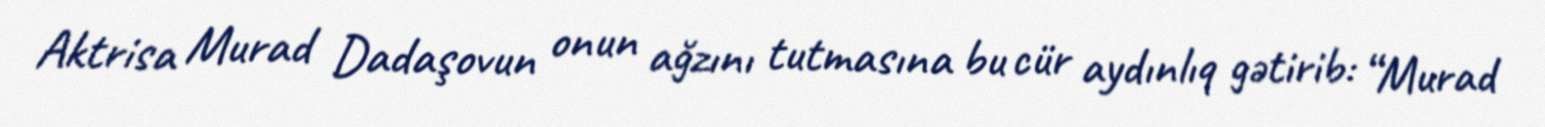
Aktrisa Murad Dadaşovun onun ağzını tutmasına bu cür aydınlıq gətirib: “Murad